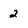
Character: 2